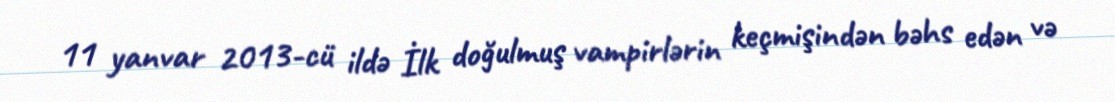
11 yanvar 2013-cü ildə İlk doğulmuş vampirlərin keçmişindən bəhs edən və